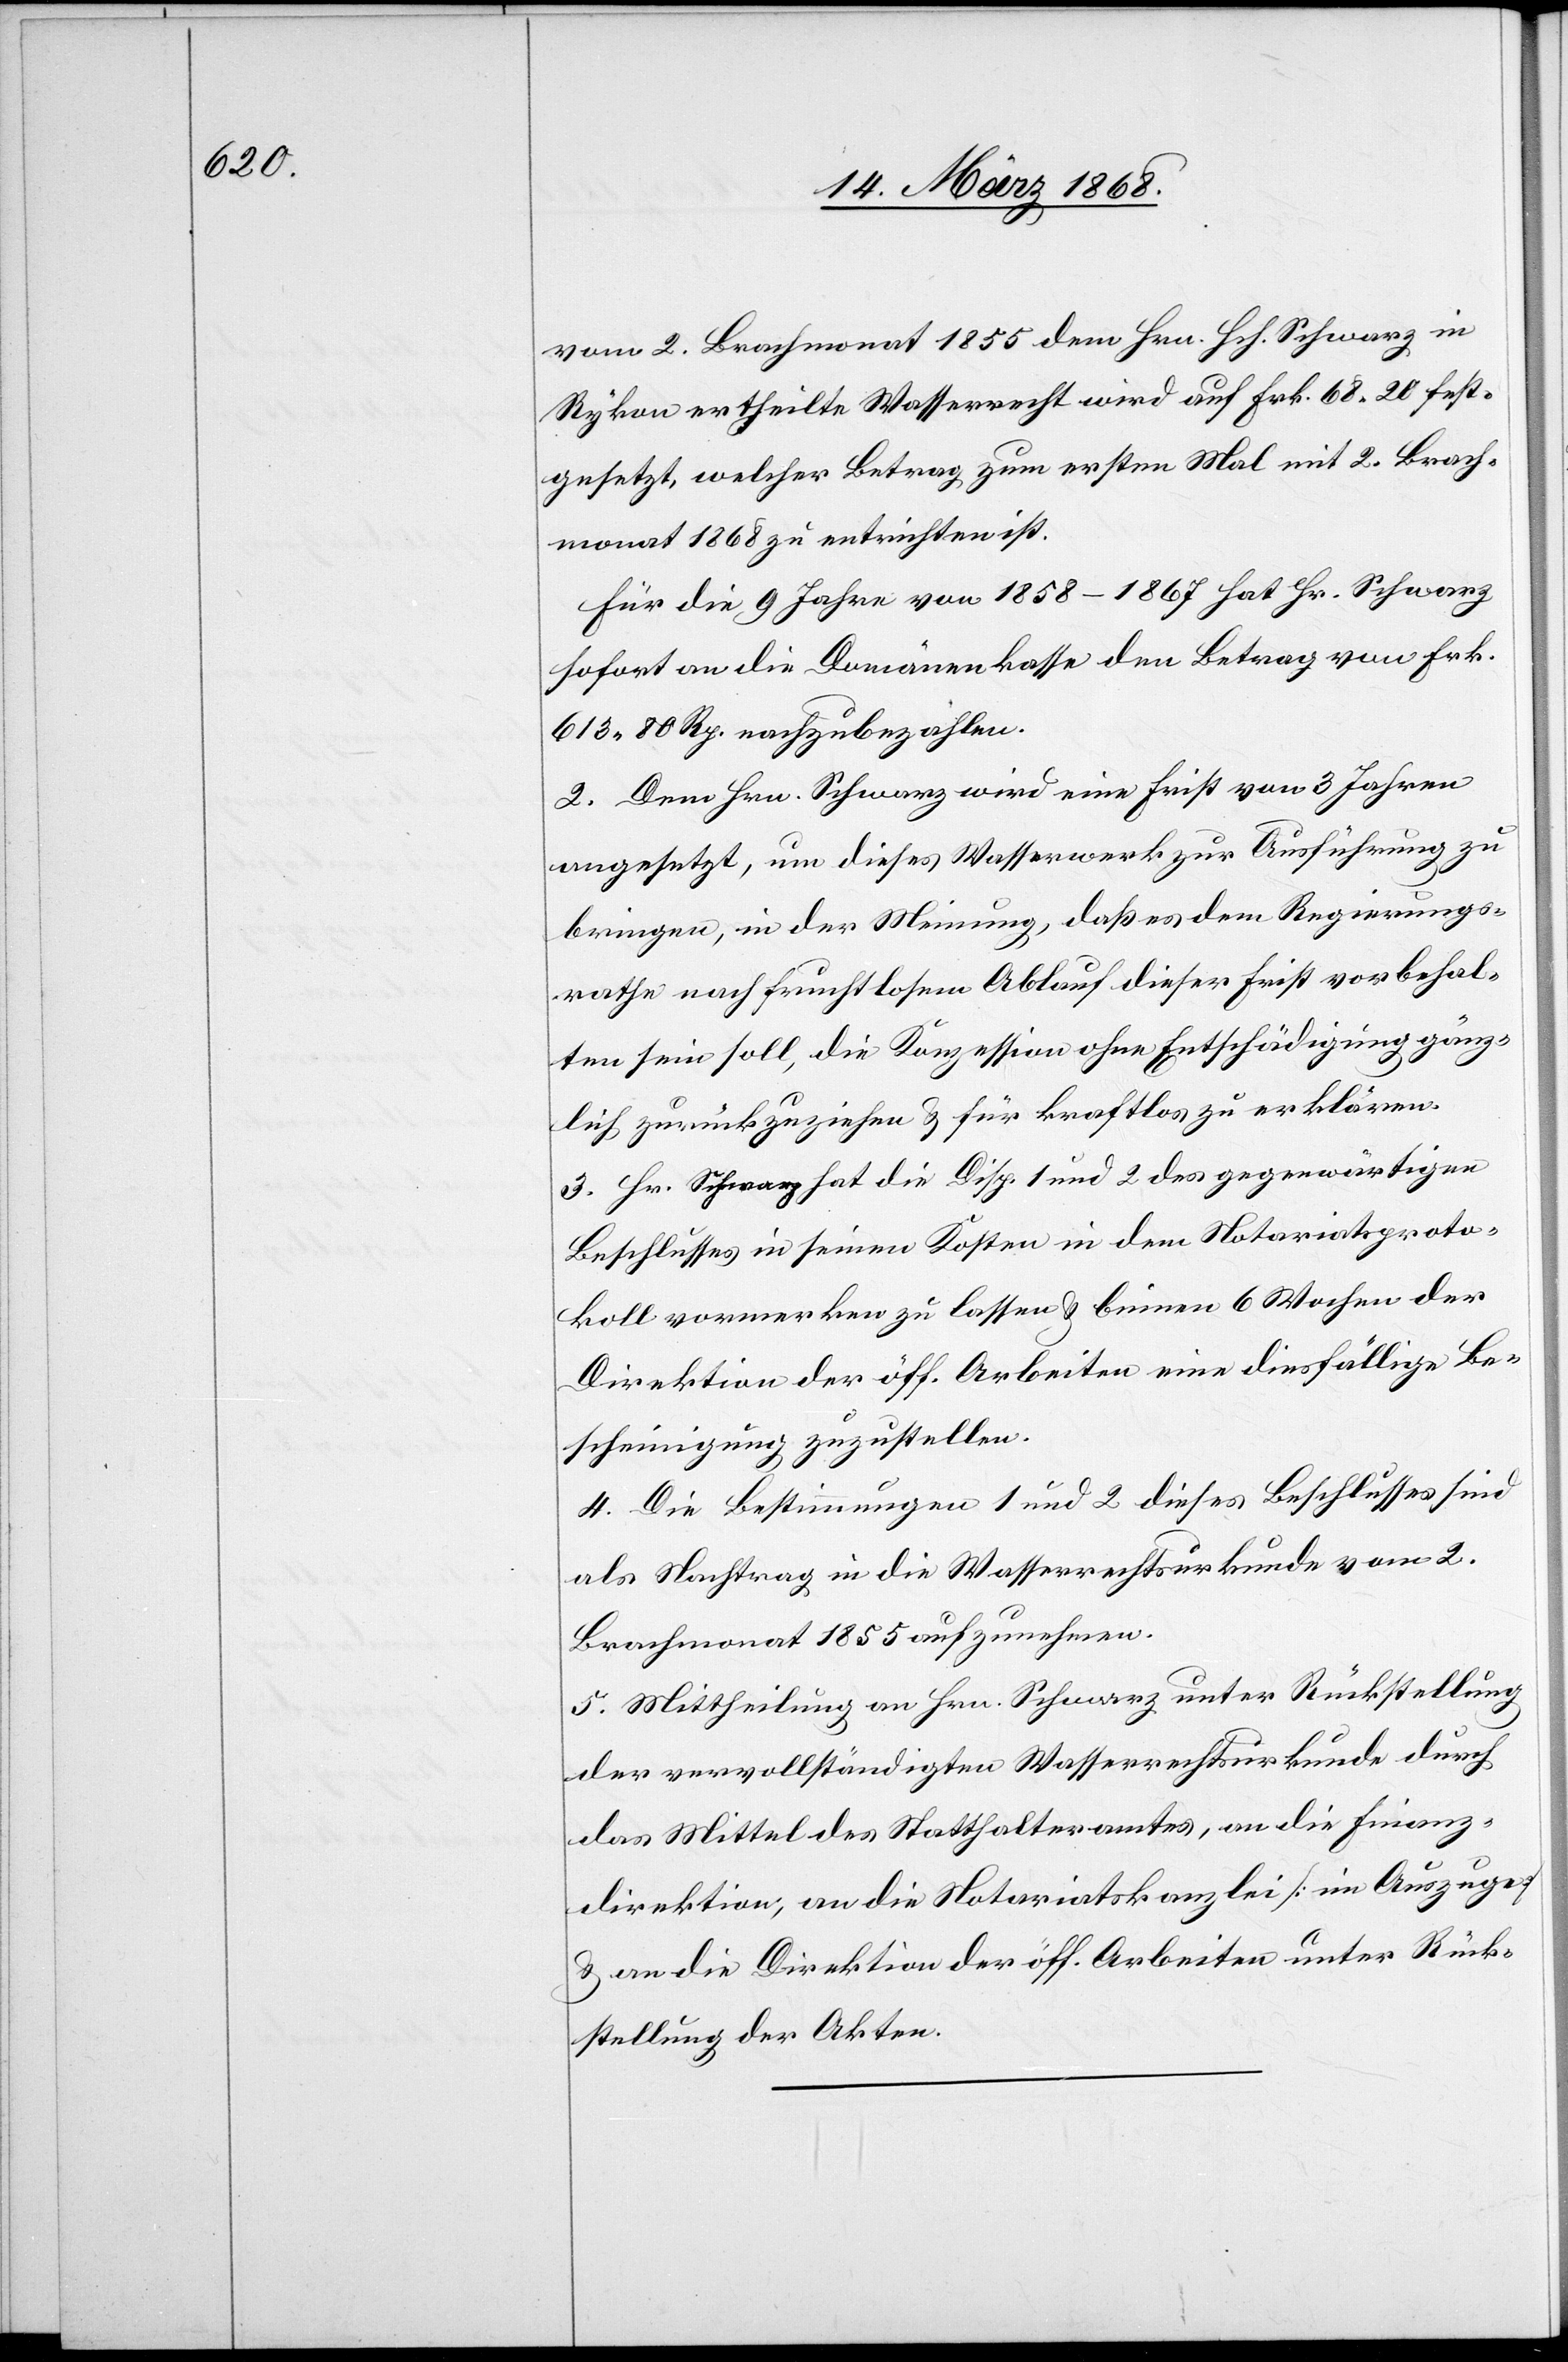
vom 2. Brachmonat 1855 dem Hrn. Hch. Schwarz in
Rykon ertheilte Wasserrecht wird auf Frk. 68. 20 fest¬
gesetzt, welcher Betrag zum ersten Mal mit 2. Brach¬
monat 1868 zu entrichten ist.
Für die 9 Jahre von 1858–1867 hat Hr. Schwarz
sofort an die Domänenkasse den Betrag von Frk.
613. 80 Rp. nachzubezahlen.
2. Dem Hrn. Schwarz wird eine Frist von 3 Jahren
angesetzt, um dieses Wasserwerk zur Ausführung zu
bringen, in der Meinung, daß es dem Regierungs¬
rathe nach fruchtlosem Ablauf dieser Frist vorbehal¬
ten sein soll, die Konzession ohne Entschädigung gänz¬
lich zurückzuziehen & für kraftlos zu erklären.
3. Hr. Schwarz hat die Disp. 1 und 2 des gegenwärtigen
Beschlusses in seinen Kosten in dem Notariatsproto¬
koll vormerken zu lassen & binnen 6 Wochen der
Direktion der öff. Arbeiten eine diesfällige Be¬
scheinigung zuzustellen.
4. Die Bestimmungen 1 und 2 dieses Beschlusses sind
als Nachtrag in die Wasserrechtsurkunde vom 2.
Brachmonat 1855 aufzunehmen.
5. Mittheilung an Hrn. Schwarz unter Rückstellung
der vervollständigten Wasserrechtsurkunde durch
das Mittel des Statthalteramtes, an die Finanz¬
direktion, an die Notariatskanzlei [im Auszuge]
& an die Direktion der öff. Arbeiten unter Rück¬
stellung der Akten.